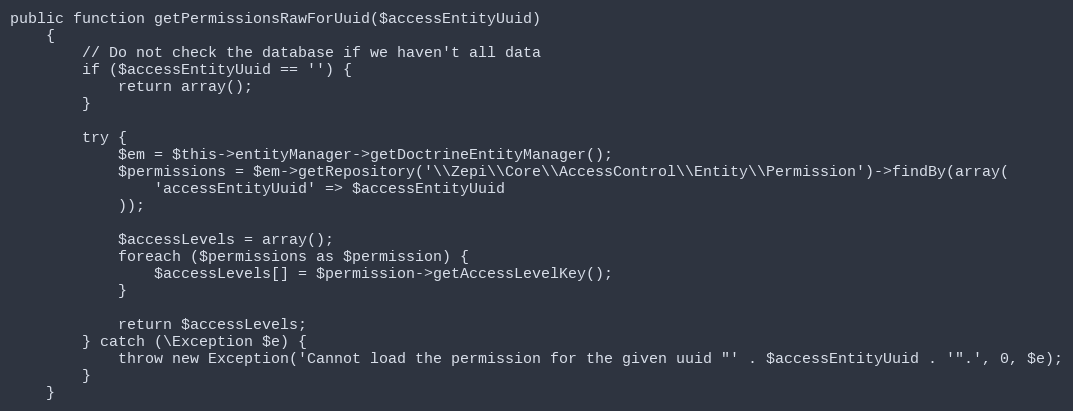
Language: PHP
public function getPermissionsRawForUuid($accessEntityUuid)
    {
        // Do not check the database if we haven't all data
        if ($accessEntityUuid == '') {
            return array();
        }

        try {
            $em = $this->entityManager->getDoctrineEntityManager();
            $permissions = $em->getRepository('\\Zepi\\Core\\AccessControl\\Entity\\Permission')->findBy(array(
                'accessEntityUuid' => $accessEntityUuid
            ));

            $accessLevels = array();
            foreach ($permissions as $permission) {
                $accessLevels[] = $permission->getAccessLevelKey();
            }

            return $accessLevels;
        } catch (\Exception $e) {
            throw new Exception('Cannot load the permission for the given uuid "' . $accessEntityUuid . '".', 0, $e);
        }
    }